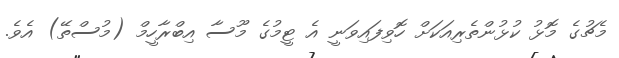
މެޗުގެ މޮޅު ކުޅުންތެރިއަކަށް ހޮވިފައިވަނީ އެ ޓީމުގެ މޫސާ އިބްރާހީމް (މުސްތޭ) އެވެ.